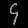
Digit: ၄